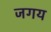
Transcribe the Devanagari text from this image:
जगय